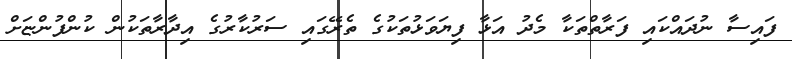
ފައިސާ ނުދައްކައި ފަރާތްތަކާ މެދު އަޅާ ފިޔަވަޅުތަކުގެ ތެރޭގައި ސަރުކާރުގެ އިދާރާތަކުން ކުންފުންޏަށް